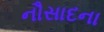
નૌસાદના